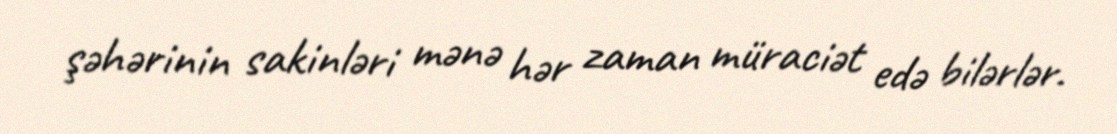
şəhərinin sakinləri mənə hər zaman müraciət edə bilərlər.